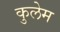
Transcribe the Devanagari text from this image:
कुलेम